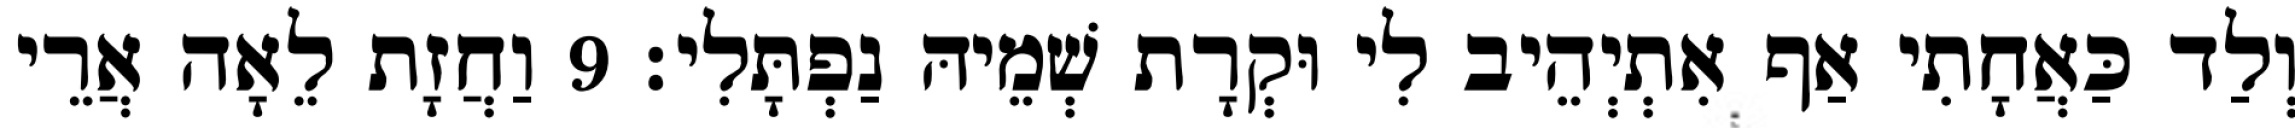
וְלַד כַּאֲחָתִי אַף אִתְיְהֵיב לִי וּקְרָת שְׁמֵיהּ נַפְתָּלִי׃ 9 וַחֲזָת לֵאָה אֲרֵי